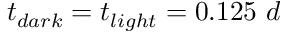
t _ { d a r k } = t _ { l i g h t } = 0 . 1 2 5 \ d